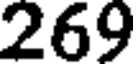
269